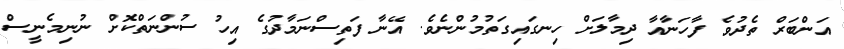
އަންބަރް ތެދުވެ ފާހަނާއާ ދިމާލަށް ހިނގައިގަތުމުންނެވެ. އޭނާ ފަތިސްނަމާދުގެ އިހު ސުންނަތްކޮށް ނުނިމެނީސް